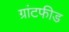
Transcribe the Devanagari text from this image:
ग्रांटफीड